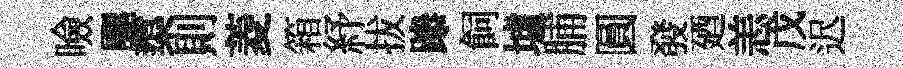
噞颸蕖則菱箱紓拔𨅶飼墟脯圓發廼恙戊迟